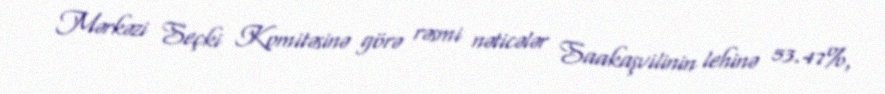
Mərkəzi Seçki Komitəsinə görə rəsmi nəticələr Saakaşvilinin lehinə 53.47%,